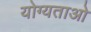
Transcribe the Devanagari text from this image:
योग्यताओ